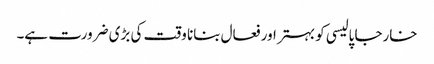
خارجا پالیسی کو بہتر اور فعال بنانا وقت کی بڑی ضرورت ہے۔